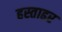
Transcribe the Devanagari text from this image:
हस्ताढर